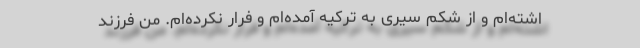
اشته‌ام و از شکم سیری به ترکیه آمده‌ام و فرار نکرده‌ام. من فرزند